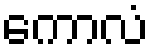
ကောလံ